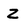
Character: z